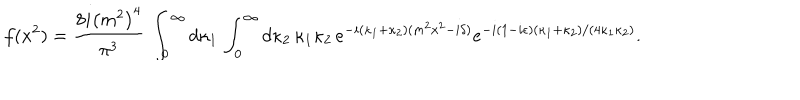
f ( x ^ { 2 } ) = { \frac { 8 i \left( m ^ { 2 } \right) ^ { 4 } } { \pi ^ { 3 } } } \, \int _ { 0 } ^ { \infty } d \kappa _ { 1 } \, \int _ { 0 } ^ { \infty } d \kappa _ { 2 } \, \kappa _ { 1 } \kappa _ { 2 } \, e ^ { - i ( \kappa _ { 1 } + \kappa _ { 2 } ) ( m ^ { 2 } x ^ { 2 } - i \delta ) } e ^ { - i ( 1 - i \epsilon ) ( \kappa _ { 1 } + \kappa _ { 2 } ) / ( 4 \kappa _ { 1 } \kappa _ { 2 } ) } .